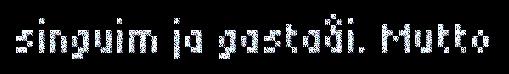
singuim ja gastaåi. Mutto